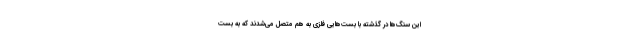
این سنگ‌ها در گذشته با بست‌هایی فلزی به هم متصل می‌شدند که به بست